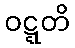
ဝဋ္ဋတိ